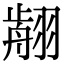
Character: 𦑳